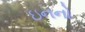
ઇનનો